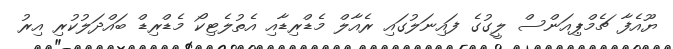
ޔޫއެފާ ޗެމްޕިއަންސް ލީގުގެ ފައިނަލުގައި ރެއާލް މެޑްރިޑާއި އެތުލެޓިކޯ މެޑްރިޑް ބައްދަލުކުރި އިރު